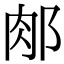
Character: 𨛇